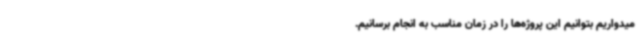
میدواریم بتوانیم این پروژه‌ها را در زمان مناسب به انجام برسانیم.